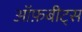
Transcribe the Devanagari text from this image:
ऑफ़बीट्स